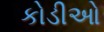
કોડીઓ